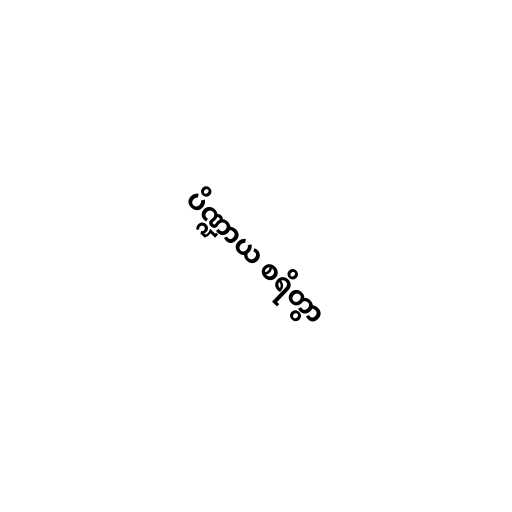
ပိဏ္ဍာယ စရိတွာ